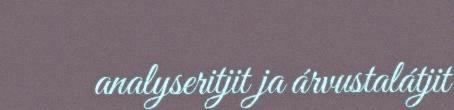
analyseritjit ja árvustalátjit